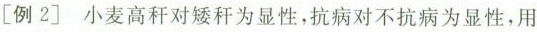
[例2]小麦高秆对矮秆为显性，抗病对不抗病为显性，用